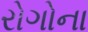
રોગોના